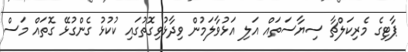
ޕާޓިގެ މެރިކަލްޗާ ސިޔާސަތައް އަލި އަޅުވާލަމުން ވިދާޅުވިގޮތުގައި ކުކުޅު ގެެންގުޅޭ ގޮތައް މަސް